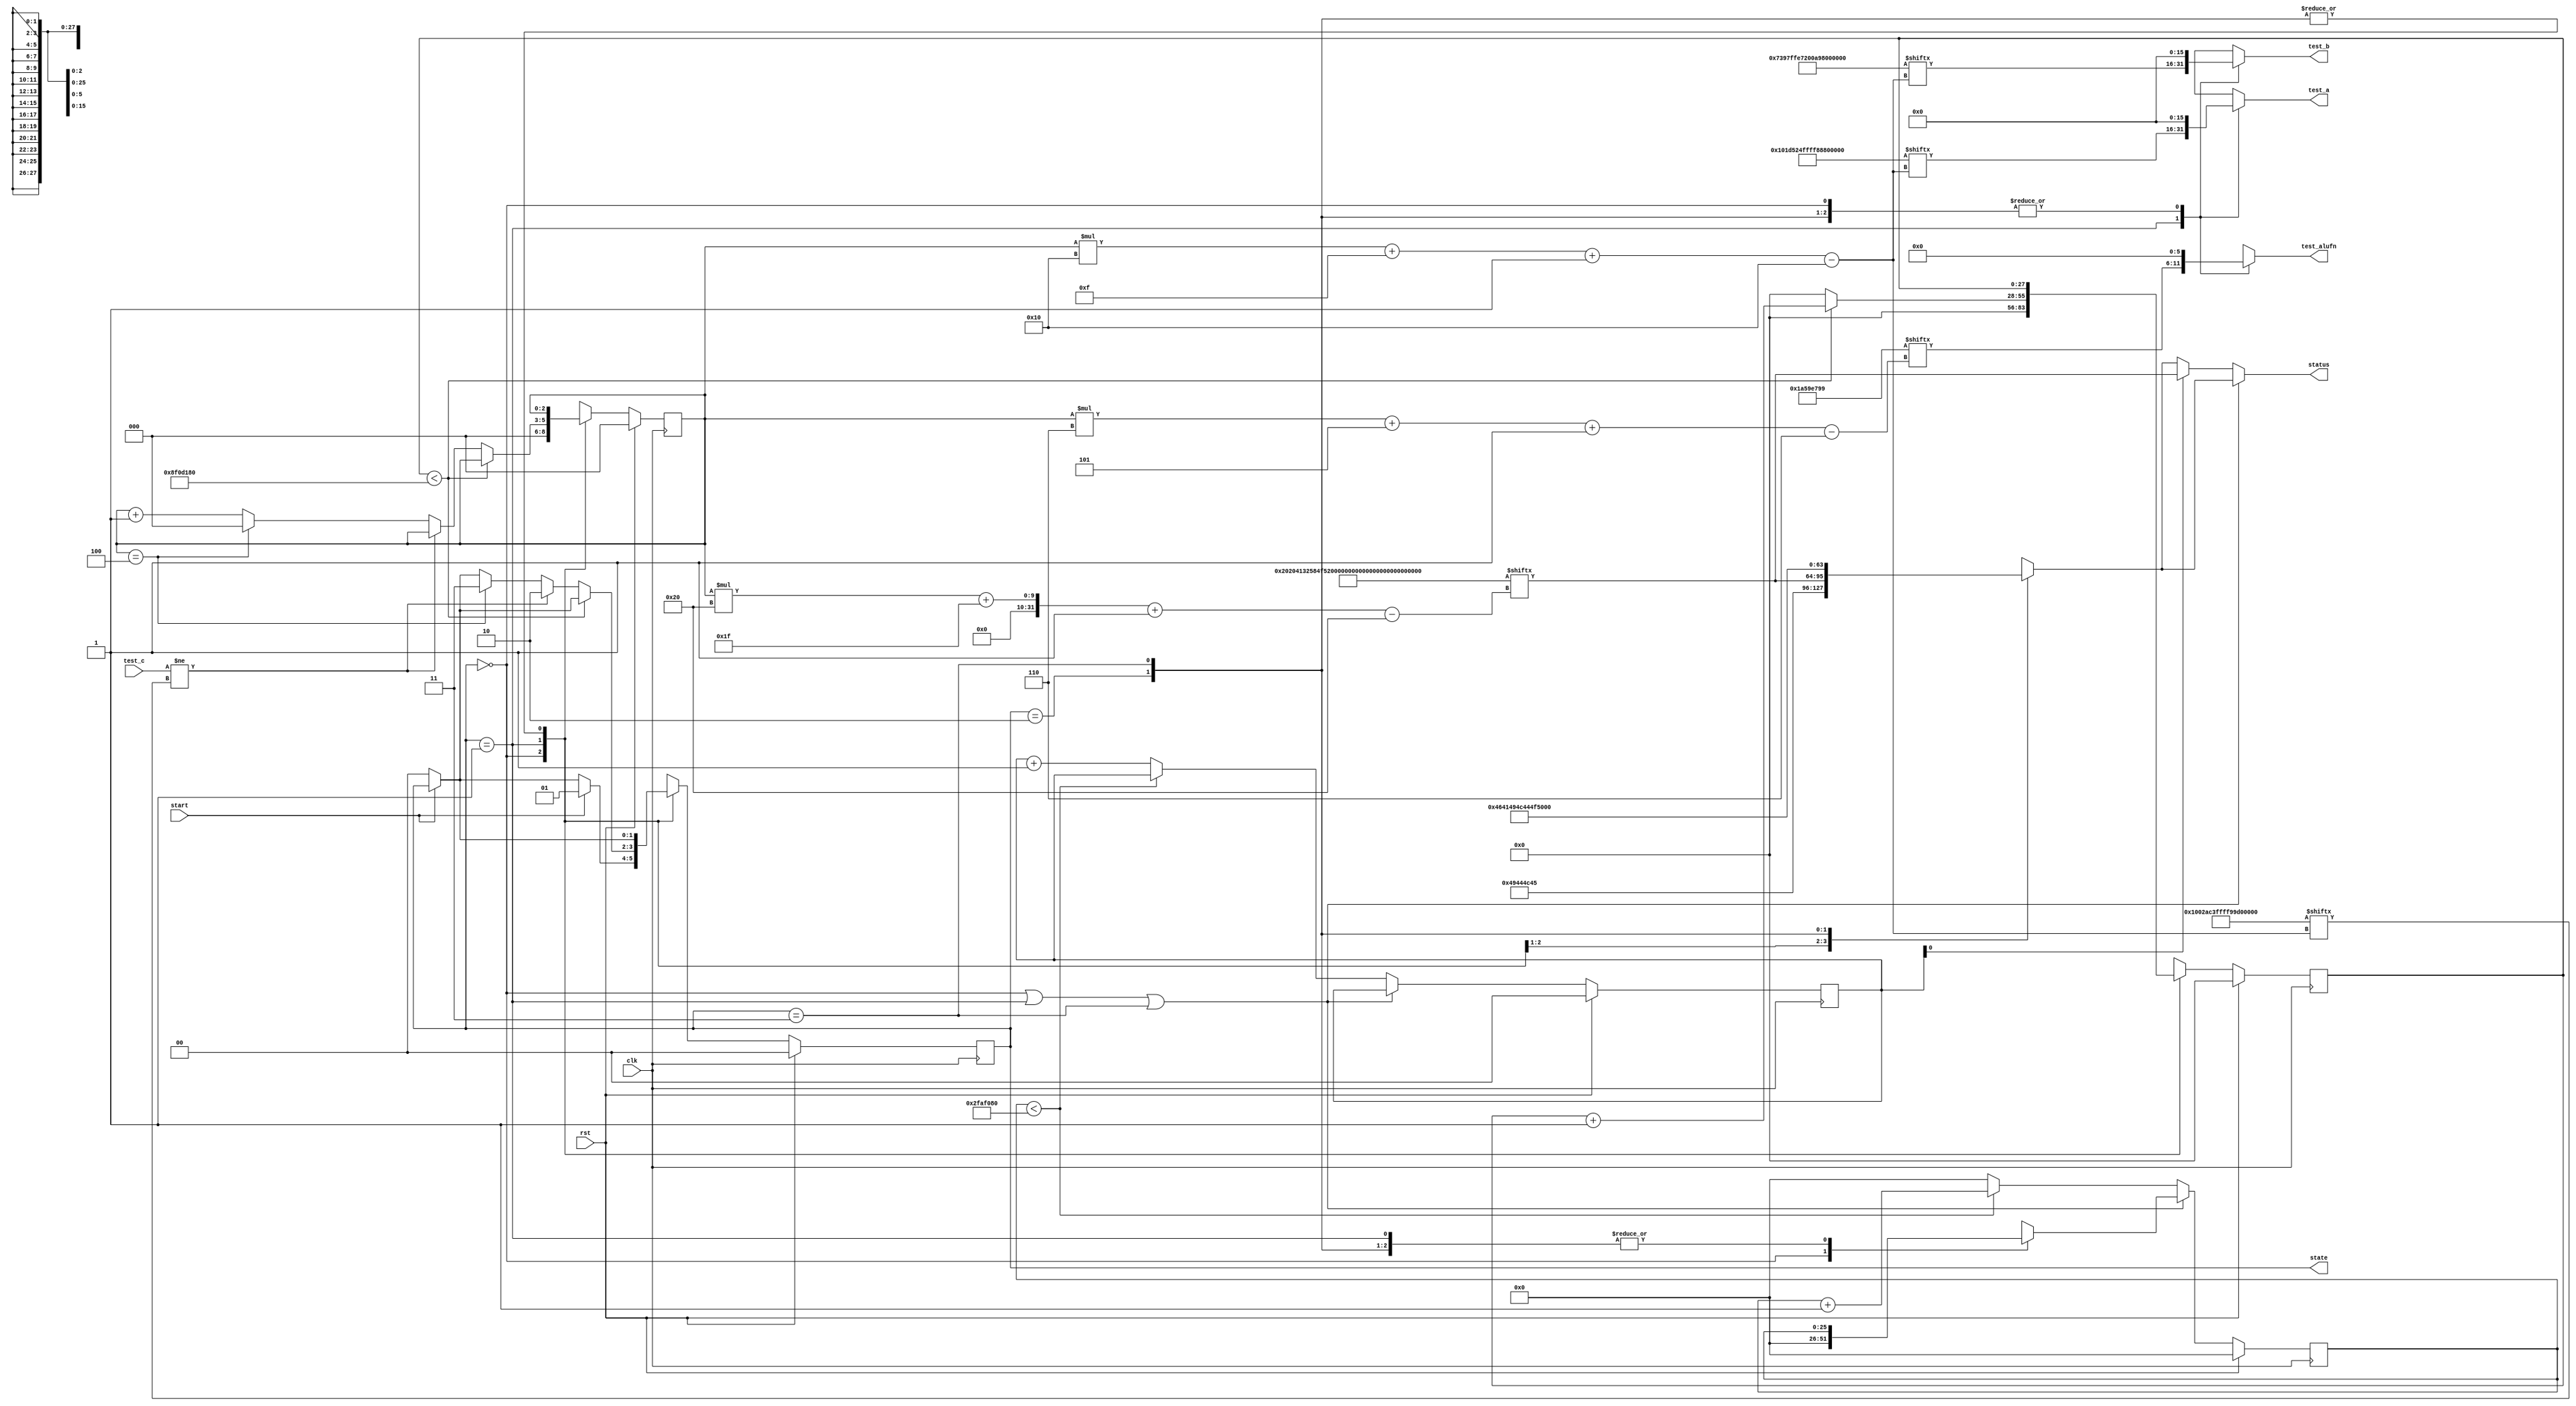
/*
   This file was generated automatically by the Mojo IDE version B1.3.6.
   Do not edit this file directly. Instead edit the original Lucid source.
   This is a temporary file and any changes made to it will be destroyed.
*/

/*
   Parameters:
     NUM_TEST_CASES = 5
     TEST_NAME = TestCasesROM.BOOLEAN_FAIL_NAME
     TEST_A = TestCasesROM.BOOLEAN_FAIL_A
     TEST_B = TestCasesROM.BOOLEAN_FAIL_B
     TEST_ALUFN = TestCasesROM.BOOLEAN_FAIL_ALUFN
     TEST_C = TestCasesROM.BOOLEAN_FAIL_C
     BYPASS_FAIL = 0
     NUM_TEST_SECS = 3
     NUM_FAIL_SECS = 1
     NUM_FAIL_BLINKS = 2
*/
module basic_tester_15 (
    input clk,
    input rst,
    input start,
    input [15:0] test_c,
    output reg [15:0] test_a,
    output reg [15:0] test_b,
    output reg [5:0] test_alufn,
    output reg [1:0] state,
    output reg [31:0] status
  );
  
  localparam NUM_TEST_CASES = 3'h5;
  localparam TEST_NAME = 160'h20204132584f5232204f5232204f5231414e4431;
  localparam TEST_A = 80'h0101d524ffff88804789;
  localparam TEST_B = 80'h7397ffe7200a99491a0e;
  localparam TEST_ALUFN = 30'h1a59e799;
  localparam TEST_C = 80'h01002ac3ffff99c90208;
  localparam BYPASS_FAIL = 1'h0;
  localparam NUM_TEST_SECS = 2'h3;
  localparam NUM_FAIL_SECS = 1'h1;
  localparam NUM_FAIL_BLINKS = 2'h2;
  
  
  localparam NUM_TEST_TIMER_CYCLES = 28'h8f0d180;
  
  localparam NUM_FAIL_TIMER_CYCLES = 26'h2faf080;
  
  reg [31:0] next_status;
  
  reg [27:0] M_display_test_timer_d, M_display_test_timer_q = 1'h0;
  reg [25:0] M_display_fail_timer_d, M_display_fail_timer_q = 1'h0;
  reg [1:0] M_fail_blink_ctr_d, M_fail_blink_ctr_q = 1'h0;
  reg [2:0] M_tester_ctr_d, M_tester_ctr_q = 1'h0;
  localparam IDLE_tester_state = 2'd0;
  localparam TEST_tester_state = 2'd1;
  localparam FAIL_tester_state = 2'd2;
  localparam DONE_tester_state = 2'd3;
  
  reg [1:0] M_tester_state_d, M_tester_state_q = IDLE_tester_state;
  
  always @* begin
    M_tester_state_d = M_tester_state_q;
    M_display_fail_timer_d = M_display_fail_timer_q;
    M_display_test_timer_d = M_display_test_timer_q;
    M_fail_blink_ctr_d = M_fail_blink_ctr_q;
    M_tester_ctr_d = M_tester_ctr_q;
    
    status = 32'h00000000;
    test_a = 1'h0;
    test_b = 1'h0;
    test_alufn = 1'h0;
    if (!start) begin
      M_tester_state_d = IDLE_tester_state;
    end
    state = M_tester_state_q;
    next_status = 32'h4e554c4c;
    
    case (M_tester_state_q)
      IDLE_tester_state: begin
        M_display_test_timer_d = 1'h0;
        M_display_fail_timer_d = 1'h0;
        M_tester_ctr_d = 1'h0;
        next_status = 32'h49444c45;
        if (start) begin
          M_tester_state_d = TEST_tester_state;
        end
      end
      TEST_tester_state: begin
        next_status = TEST_NAME[(M_tester_ctr_q)*32+31-:32];
        test_a = TEST_A[(M_tester_ctr_q)*16+15-:16];
        test_b = TEST_B[(M_tester_ctr_q)*16+15-:16];
        test_alufn = TEST_ALUFN[(M_tester_ctr_q)*6+5-:6];
        if (M_display_test_timer_q < 28'h8f0d180) begin
          M_display_test_timer_d = M_display_test_timer_q + 1'h1;
        end else begin
          M_display_test_timer_d = 1'h0;
          if (test_c != TEST_C[(M_tester_ctr_q)*16+15-:16]) begin
            M_tester_state_d = FAIL_tester_state;
          end else begin
            if (M_tester_ctr_q == 4'h4) begin
              M_tester_state_d = DONE_tester_state;
              M_tester_ctr_d = 1'h0;
            end else begin
              M_tester_ctr_d = M_tester_ctr_q + 1'h1;
            end
          end
        end
      end
      FAIL_tester_state: begin
        next_status = 32'h4641494c;
      end
      DONE_tester_state: begin
        next_status = 32'h444f4e45;
      end
    endcase
    if (M_tester_state_q == IDLE_tester_state | M_tester_state_q == TEST_tester_state | M_tester_state_q == DONE_tester_state) begin
      status = next_status;
    end else begin
      if (~M_fail_blink_ctr_q[0+0-:1]) begin
        status = next_status;
      end else begin
        status = TEST_NAME[(M_tester_ctr_q)*32+31-:32];
      end
      if (M_display_fail_timer_q < 26'h2faf080) begin
        M_display_fail_timer_d = M_display_fail_timer_q + 1'h1;
      end else begin
        M_display_fail_timer_d = 1'h0;
        if (1'h1) begin
          M_fail_blink_ctr_d = M_fail_blink_ctr_q + 1'h1;
        end else begin
          if (M_fail_blink_ctr_q < 5'h03) begin
            M_fail_blink_ctr_d = M_fail_blink_ctr_q + 1'h1;
          end else begin
            M_fail_blink_ctr_d = 1'h0;
            if (M_tester_ctr_q < 4'h4) begin
              M_tester_state_d = TEST_tester_state;
              M_tester_ctr_d = M_tester_ctr_q + 1'h1;
            end else begin
              M_tester_state_d = DONE_tester_state;
              M_tester_ctr_d = 1'h0;
            end
          end
        end
      end
    end
  end
  
  always @(posedge clk) begin
    if (rst == 1'b1) begin
      M_display_test_timer_q <= 1'h0;
      M_display_fail_timer_q <= 1'h0;
      M_fail_blink_ctr_q <= 1'h0;
      M_tester_ctr_q <= 1'h0;
      M_tester_state_q <= 1'h0;
    end else begin
      M_display_test_timer_q <= M_display_test_timer_d;
      M_display_fail_timer_q <= M_display_fail_timer_d;
      M_fail_blink_ctr_q <= M_fail_blink_ctr_d;
      M_tester_ctr_q <= M_tester_ctr_d;
      M_tester_state_q <= M_tester_state_d;
    end
  end
  
endmodule